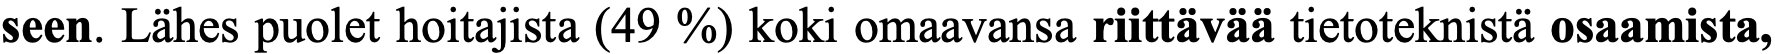
seen. Lähes puolet hoitajista (49 %) koki omaavansa riittävää tietoteknistä osaamista,